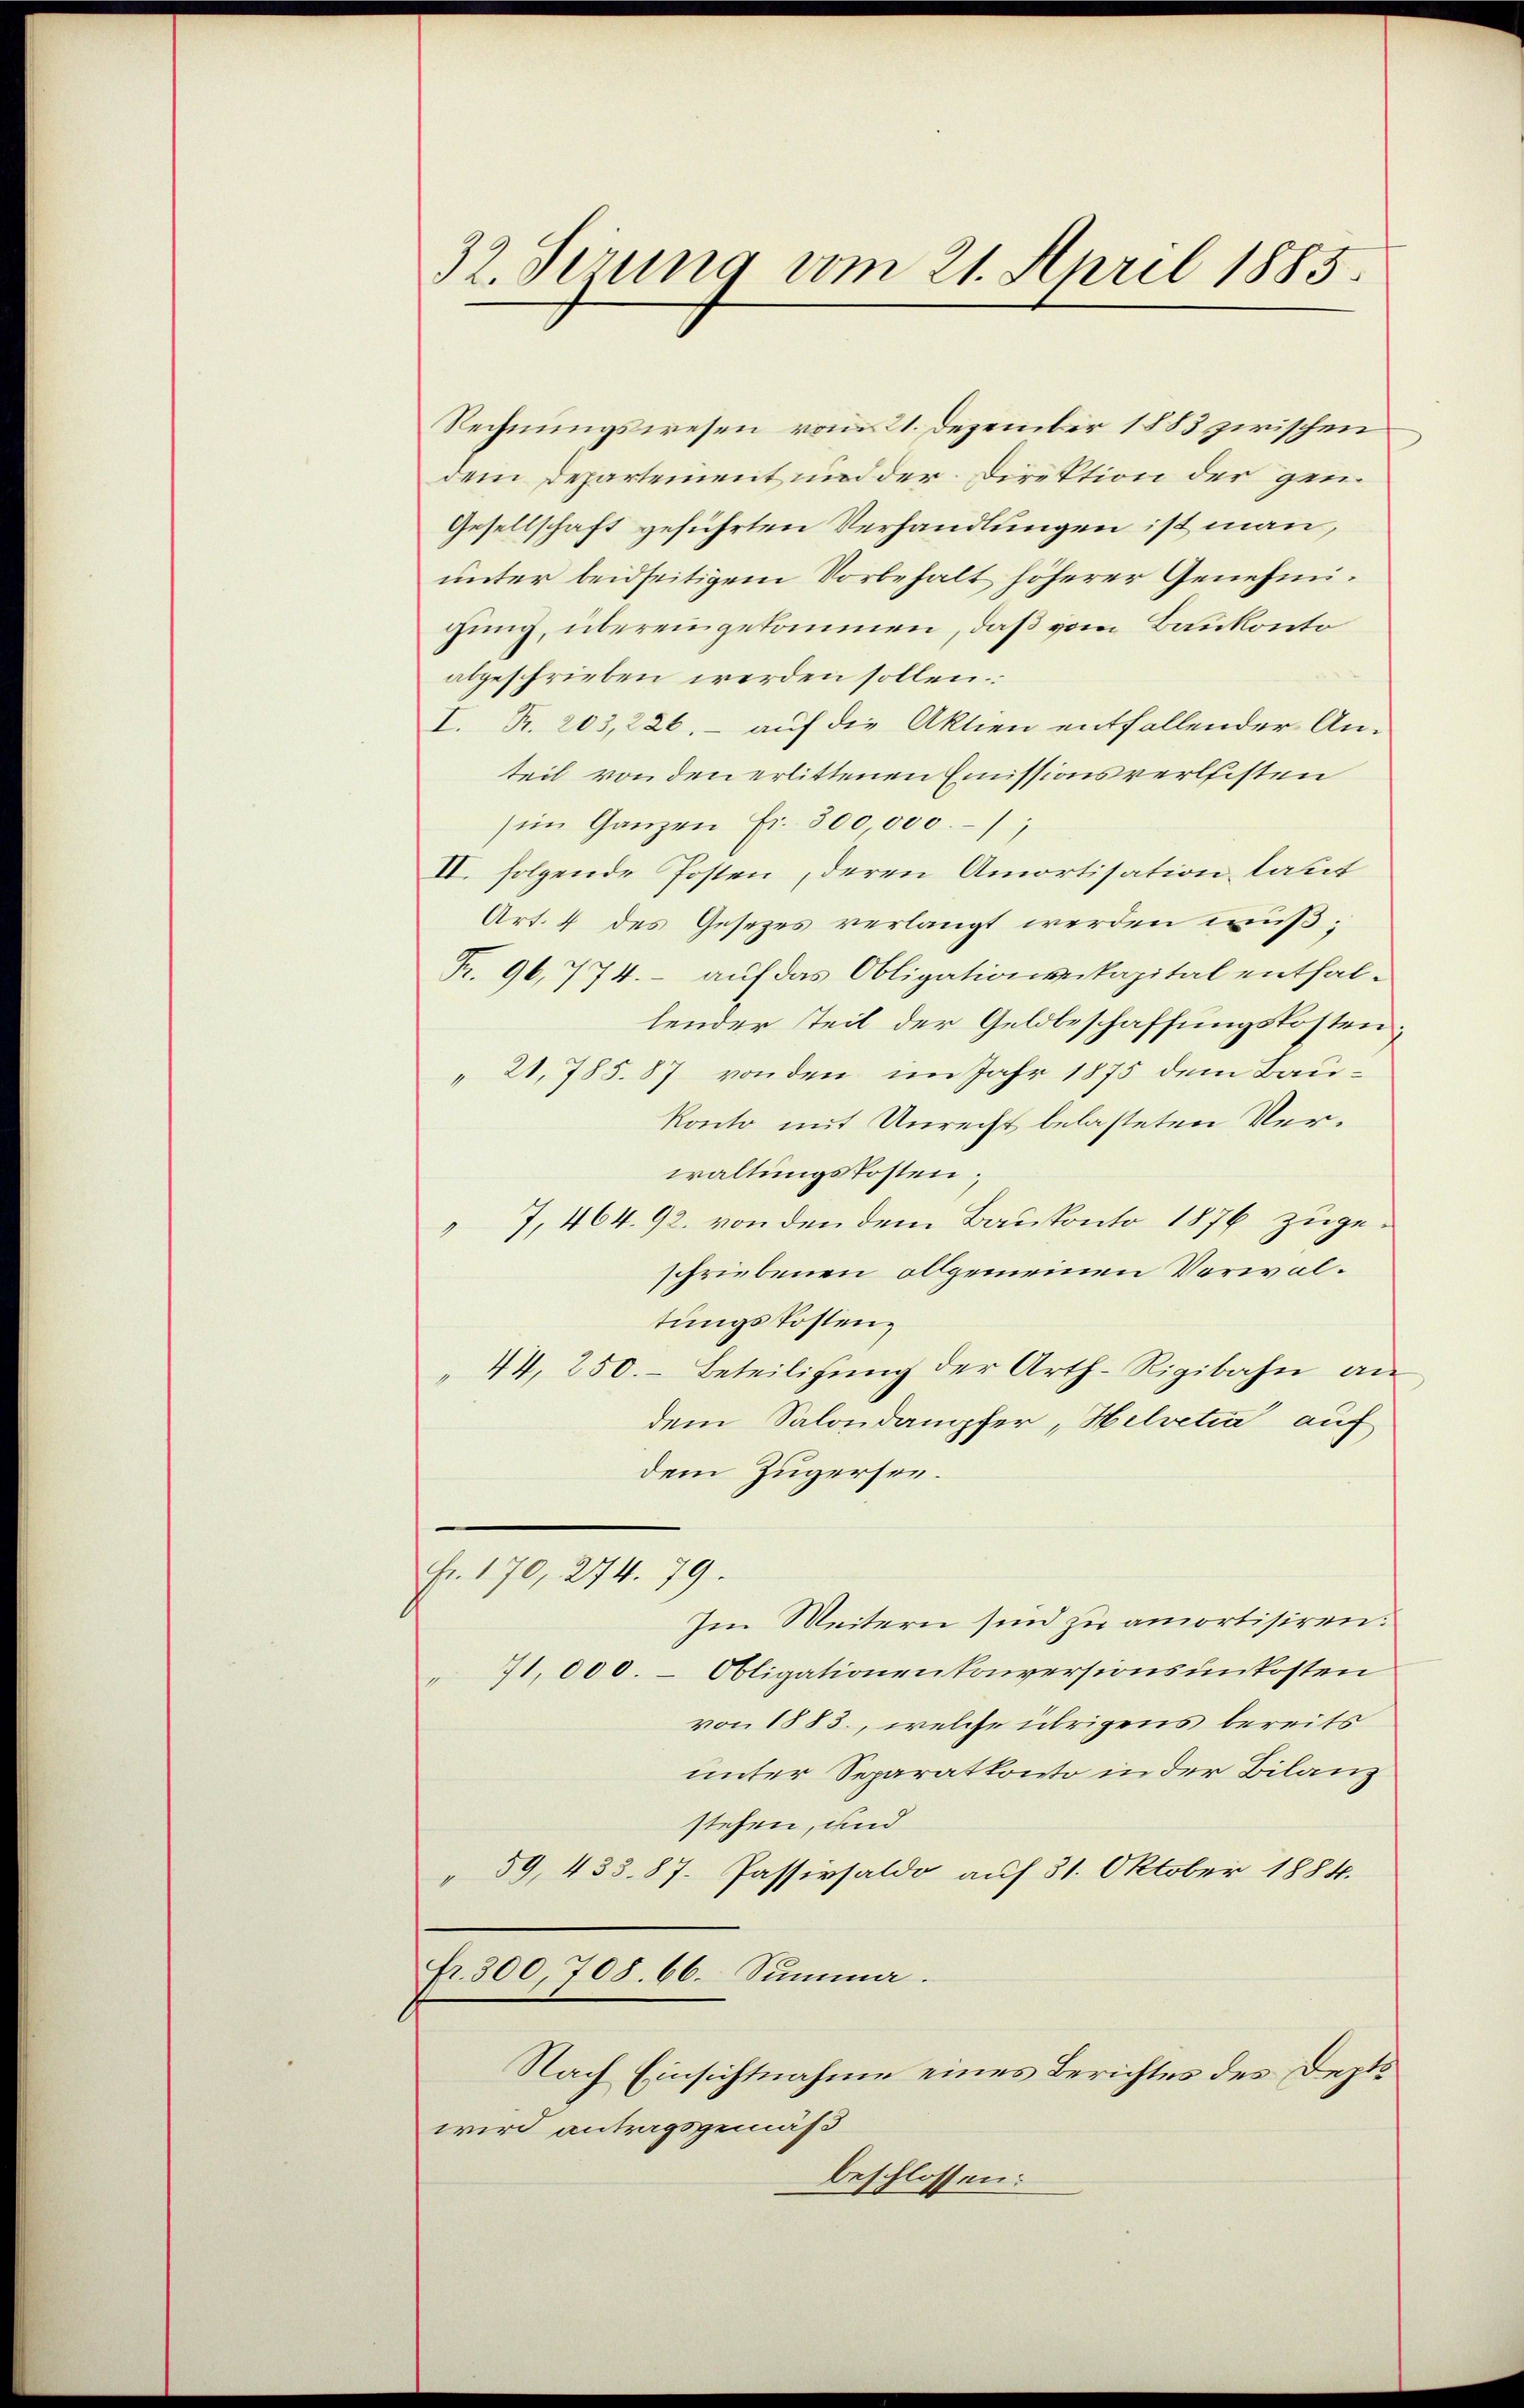
32. Serung vom 21. April 1885.

Rechnungswesen vom 21. Dezember 1883 zwischen
dem Departement und der Direktion der gen
Gesellschaft geführten Verhandlungen ist man,
unter beidseitigem Vorbehalt höherer Genehmigung, übereingekommen, daß vom Baukonto
abgeschrieben werden sollen.
I. R. 203,226, – auf die Aktien entfallender Anteil von den erlittenen Emissionsverleisten
(im Ganzen Fr. 300000.,
II. folgende Posten, deren Amortisation laut
Art. 4 des Gesezes verlangt werden wuß;
Pr. 96, 774. - auf das Obligationskapital enthallender Teil der Geldbeschaffungskosten;
" 21,785. 87 von den im Jahr 1875 dem Baukonto mit Unrecht belasteten Verwaltungskosten;
7, 464. 92. von den dem Baukonto 1876 zugeschriebenen allgemeinen Vorwaltungskostenz
44, 250. Beteiligŭng der Arth-Rigibahn an
dem Salondampfer, Helvetia auf
dem Zugersen.
Fr. 170, 274. 79.
Im Weitern sind zu amortisiren.
71,000. - Obligationenkonversionsunkosten
von 1883, welche übrigens bereits
unter Separatkonto in der Bilanz
stehen, und
59, 433. 87. Passivsaldo auf 31. Oktober 1884.
fr. 300, 708. 66. Summa.
Nach Einsichtnahme eines Berichtes des Depts
wird antragsgemäß
beschlossen: